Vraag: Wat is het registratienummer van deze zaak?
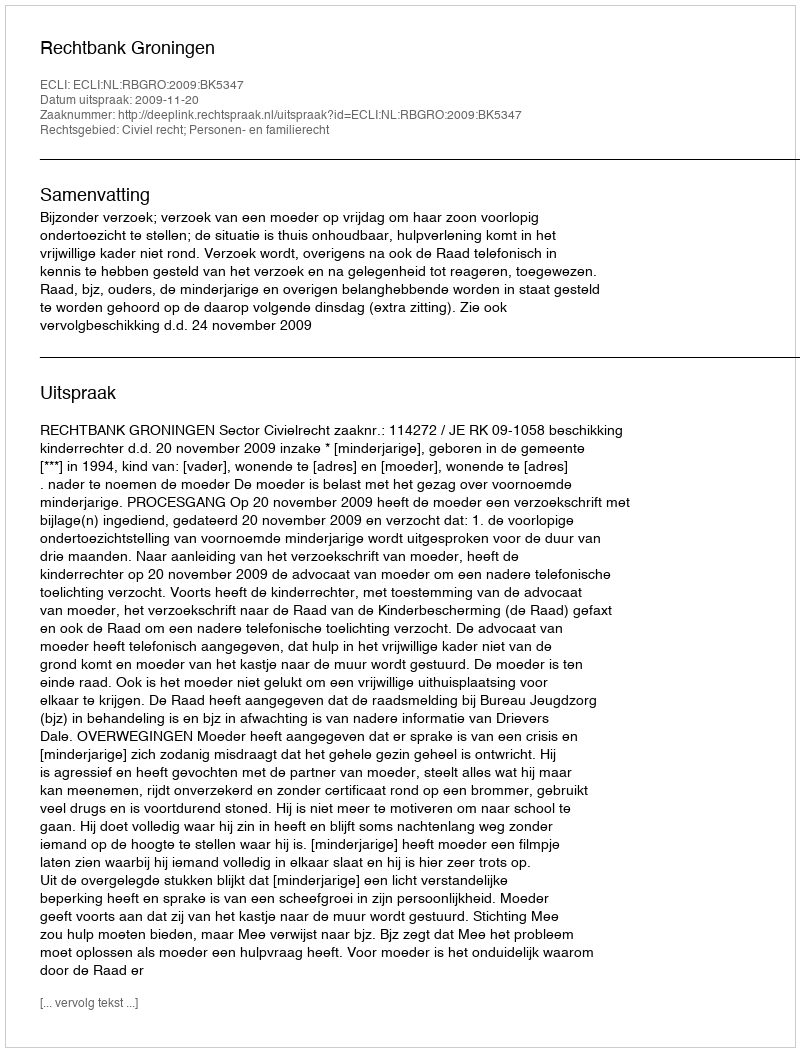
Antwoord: http://deeplink.rechtspraak.nl/uitspraak?id=ECLI:NL:RBGRO:2009:BK5347